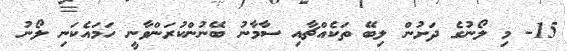
15- މި ލޯނުގެ ދަށުން ލިބޭ ތަކެއްޗާއި ސާމާނު ބޭނުންކުރަންވާނީ ހަމައެކަނި ލޯނު